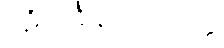
ပဋိသင်္ခါနဗလသုတ္တံ